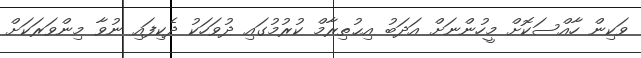
ވަކިން ހާއްސަކޮށް މީހުންނަށް އަދަބު އިޙުތިރާމް ކުރުމުގައި ދުވަހަކު ދެކިފައި ނުވާ މިންވަރަކަށް